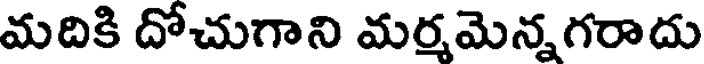
మదికి దోచుగాని మర్మమెన్నగరాదు